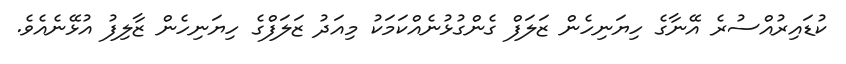
ކުޑައިރުއްސުރެ އޭނާގެ ހިޔަނިހެން ޒަލަފް ގެންގުޅުނެއްކަމަކު މިއަދު ޒަލަފްގެ ހިޔަނިހެން ޒާލިފު އުޅޭނެއެވެ.